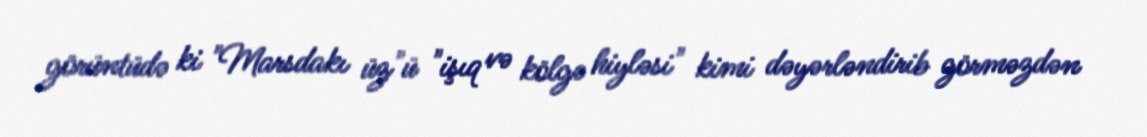
görüntüdə ki "Marsdakı üz"ü "işıq və kölgə hiyləsi" kimi dəyərləndirib görməzdən